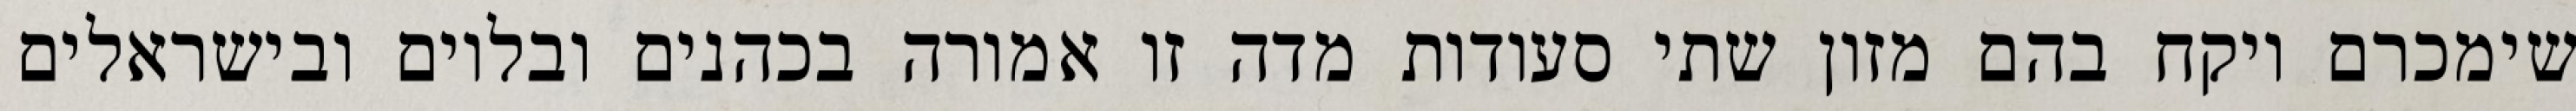
שימכרם ויקח בהם מזון שתי סעודות מדה זו אמורה בכהנים ובלוים ובישראלים